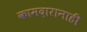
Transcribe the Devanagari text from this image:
कामदारानाही